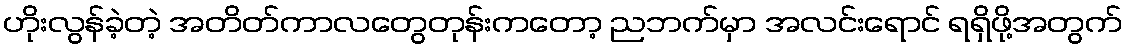
ဟိုးလွန်ခဲ့တဲ့ အတိတ်ကာလတွေတုန်းကတော့ ညဘက်မှာ အလင်းရောင် ရရှိဖို့အတွက်